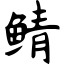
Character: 鲭